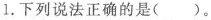
1.下列说法正确的是( )。